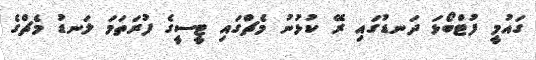
ގައުމީ ފުޓްބޯޅަ ދަނޑުގައި ރޭ ކުޅުނު މެޗްގައި ޓީސީގެ ފުރަތަމަ ލަނޑު މެޗްގެ